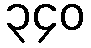
၃၄၀